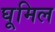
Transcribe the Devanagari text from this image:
घूमिल